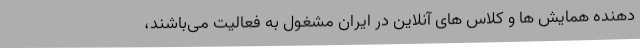
دهنده همایش ها و کلاس های آنلاین در ایران مشغول به فعالیت می­باشند،